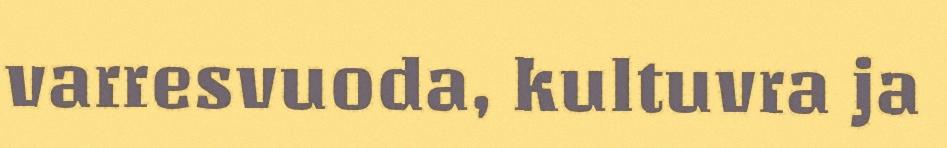
varresvuoda, kultuvra ja